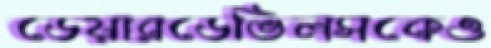
ডেয়ারডেভিলসকেও